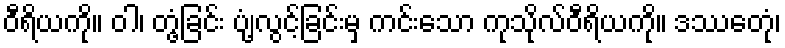
ဝီရိယကို။ ဝါ၊ တွံ့ခြင်း ပျံ့လွင့်ခြင်းမှ ကင်းသော ကုသိုလ်ဝီရိယကို။ ဒဿေတုံ၊